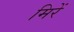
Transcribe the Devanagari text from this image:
मिरें